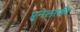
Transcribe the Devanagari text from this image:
प्रुनेलाकी